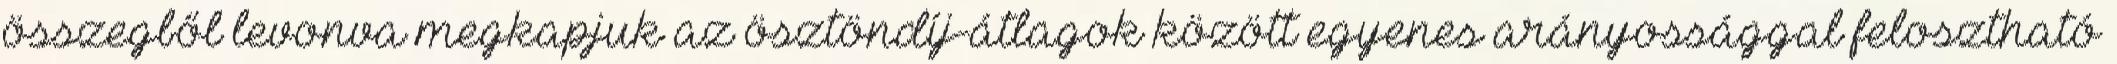
összegből levonva megkapjuk az ösztöndíj-átlagok között egyenes arányossággal felosztható